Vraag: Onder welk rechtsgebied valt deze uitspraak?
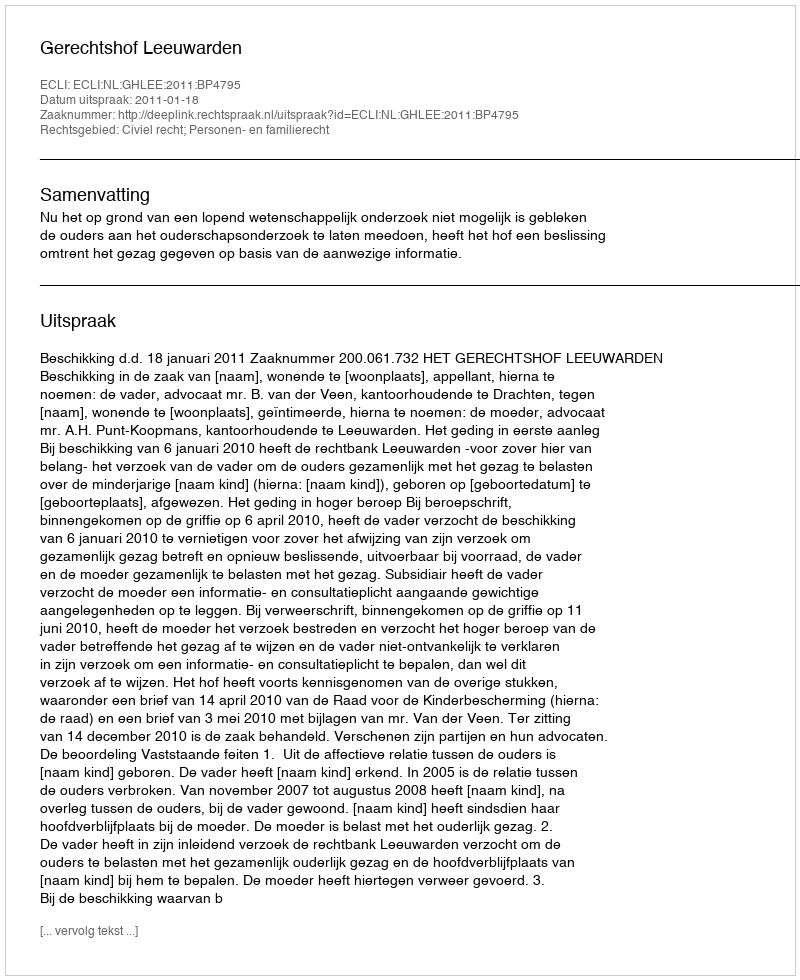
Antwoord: Civiel recht; Personen- en familierecht